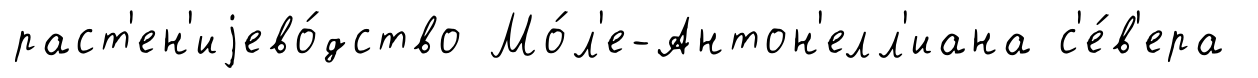
раст'ен'иjево́дство Мо́л'е-Антон'елл'иана с'е́в'ера